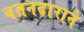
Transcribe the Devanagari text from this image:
वतनदाराने